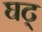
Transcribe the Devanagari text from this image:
घट्